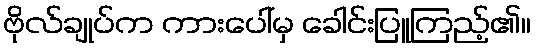
ဗိုလ်ချုပ်က ကားပေါ်မှ ခေါင်းပြူကြည့်၏။